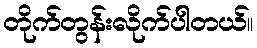
တိုက်တွန်းလိုက်ပါတယ်။